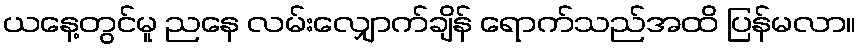
ယနေ့တွင်မူ ညနေ လမ်းလျှောက်ချိန် ရောက်သည်အထိ ပြန်မလာ။